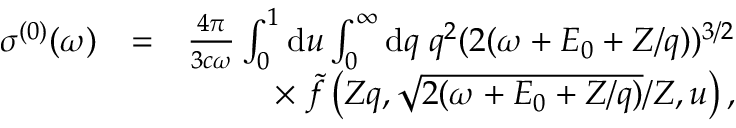
\begin{array} { r l r } { \sigma ^ { ( 0 ) } ( \omega ) } & { = } & { \frac { 4 \pi } { 3 c \omega } \int _ { 0 } ^ { 1 } \ensuremath { \mathrm { d } } u \int _ { 0 } ^ { \infty } \ensuremath { \mathrm { d } } q \; q ^ { 2 } ( 2 ( \omega + E _ { 0 } + Z / q ) ) ^ { 3 / 2 } } \\ & { } & { \times \; \tilde { f } \left( Z q , \sqrt { 2 ( \omega + E _ { 0 } + Z / q ) } / Z , u \right) , } \end{array}